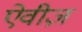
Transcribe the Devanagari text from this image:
ऐवीज़